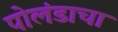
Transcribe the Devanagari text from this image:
पोलंडाचा